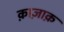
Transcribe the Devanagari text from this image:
क़ाज़ाक़